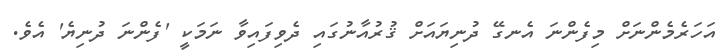
އަހަރެމެންނަށް މިފެންނަ އެނގޭ ދުނިޔައަށް ޤުރުއާނުގައި ދެވިފައިވާ ނަމަކީ 'ފެންނަ ދުނިޔެ' އެވެ.